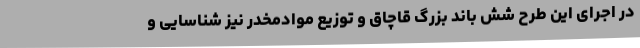
در اجرای این طرح شش باند بزرگ قاچاق و توزیع موادمخدر نیز شناسایی و